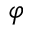
\varphi